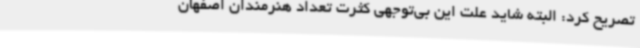
تصریح کرد: البته شاید علت این بی‌توجهی کثرت تعداد هنرمندان اصفهان